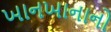
ખાનખાનાનો